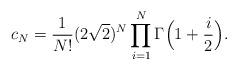
LaTeX: \begin{align*}c_N=\frac{1}{N!}(2\sqrt{2})^N \prod_{i=1}^N\Gamma\Big(1+\frac{i}{2}\Big).\end{align*}